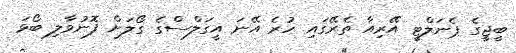
ބީޖީގެ ޕެނަލްޓީ އޭރިއާ ތެރޭގައި ހުރެ އޭނަ އީގަލްސްގެ ގޯލަށް ފޮނުވާލި ބޯޅަ